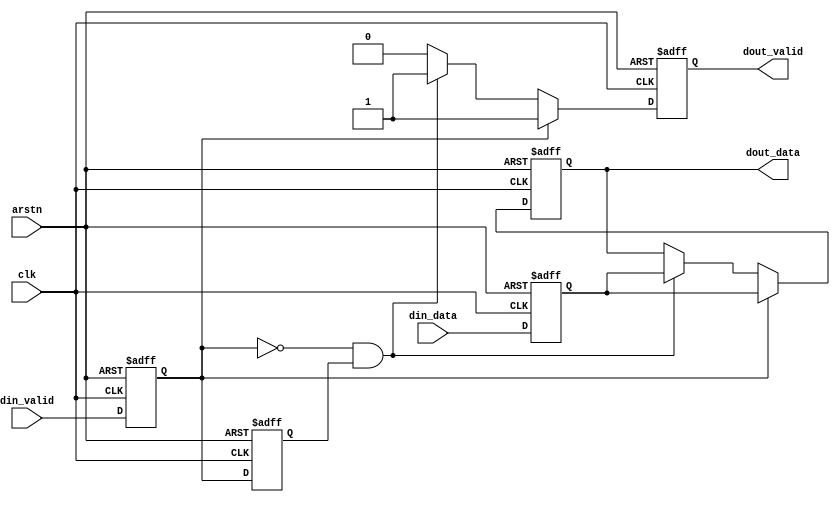
module AverageCapture #(
    parameter PIXEL_WIDTH = 8
)
(clk,arstn,din_data,din_valid,dout_valid,dout_data);
input clk;
input arstn;
input [PIXEL_WIDTH+4-1:0]din_data;
input din_valid;
output dout_valid;
output [PIXEL_WIDTH+4-1:0]dout_data;
reg tvalid_delay0;
reg tvalid_delay1;
reg [PIXEL_WIDTH+4-1:0]data_delay0;
reg [PIXEL_WIDTH+4-1:0]data_delay1;
reg [PIXEL_WIDTH+4-1:0]data_reg;
reg dout_valid_reg;

assign dout_valid = dout_valid_reg;
assign dout_data = data_reg;

always@(posedge clk or negedge arstn)
    begin
        if(~arstn)
            begin
                tvalid_delay0 <= 0;
                tvalid_delay1 <= 0;
                data_delay0 <= 0;
                data_delay1 <= 0;
            end
        else
            begin
                tvalid_delay0 <= din_valid;
                tvalid_delay1 <= tvalid_delay0;
                data_delay0 <= din_data;
                data_delay1 <= data_delay0;
            end        
    end

always@(posedge clk or negedge arstn)
    begin
        if(~arstn)
            begin
                data_reg <= 0;
                dout_valid_reg <= 0;
            end
        else
            begin
                if(tvalid_delay0)
                    begin
                        data_reg <= data_delay0;
                        dout_valid_reg <= 1'b1;
                    end
                else if(~tvalid_delay0 & tvalid_delay1)
                    begin
                        data_reg <= data_delay0;
                        dout_valid_reg <= 1'b1;
                    end
                else
                    begin
                        dout_valid_reg <= 1'b0;
                    end
            end
    end
endmodule